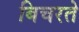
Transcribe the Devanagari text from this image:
बिचरते